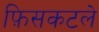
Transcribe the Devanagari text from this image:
फ़िसकटले